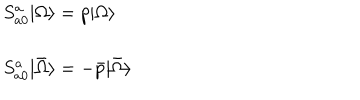
\begin{array} { l } { { S _ { a 0 } ^ { a } | \Omega \rangle = p | \Omega \rangle } } \\ { { \ } } \\ { { S _ { a 0 } ^ { a } | \bar { \Omega } \rangle = - \bar { p } | \bar { \Omega } \rangle } } \\ \end{array}